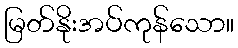
မြတ်နိုးအပ်ကုန်သော။